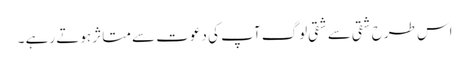
اس طرح شقی سے شقی لوگ آپ کی دعوت سے متاثر ہوتے رہے ۔